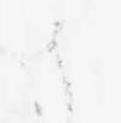
候